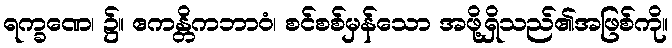
ရက္ခဏေ၊ ၌။ ဧကန္တိကဘာဝံ၊ စင်စစ်မှန်သော အဖို့ရှိသည်၏အဖြစ်ကို။